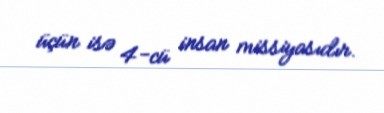
üçün isə 4-cü insan missiyasıdır.